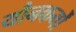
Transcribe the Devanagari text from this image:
यौनकर्मों